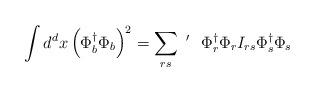
LaTeX: \begin{align*}\int d^d x \left( \Phi_b^{\dagger} \Phi_b \right) ^2 = \sum_{rs}~^{\prime}~~\Phi_r^{\dagger} \Phi_r I_{rs} \Phi_s^{\dagger} \Phi_s\end{align*}